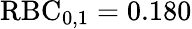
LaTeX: \mathrm{RBC}_{0,1}=0.180